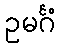
ဥမင်္ဂံ